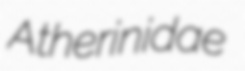
Atherinidae